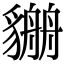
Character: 𧴏